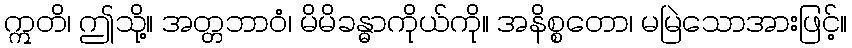
ဣတိ၊ ဤသို့။ အတ္တဘာဝံ၊ မိမိခန္ဓာကိုယ်ကို။ အနိစ္စတော၊ မမြဲသောအားဖြင့်။